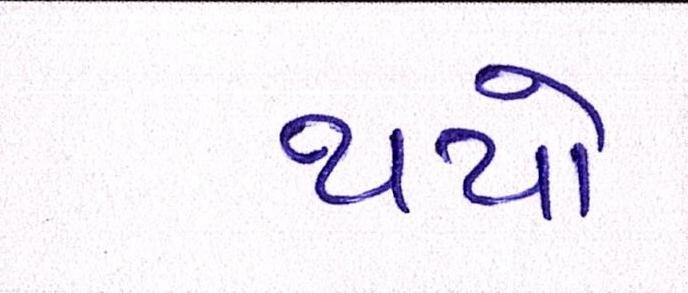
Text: થયો